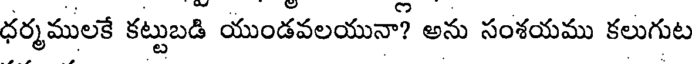
ధర్మములకే కట్టుబడి యుండవలయునా? అను సంశయము కలుగుట